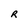
Character: R